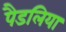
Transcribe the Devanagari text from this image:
पैडलिया